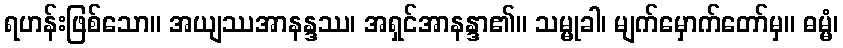
ရဟန်းဖြစ်သော။ အယျဿအာနန္ဒဿ၊ အရှင်အာနန္ဒာ၏။ သမ္မုခါ၊ မျက်မှောက်တော်မှ။ ဓမ္မံ၊